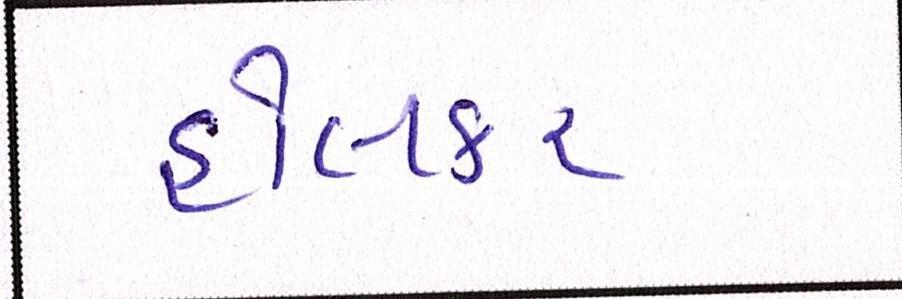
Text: હોલકર